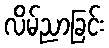
လိမ်ညာခြင်း